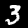
Digit: 3